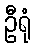
ဦရုံ